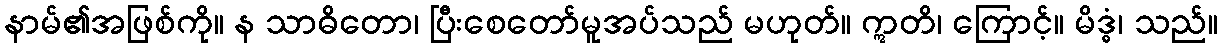
နာမ်၏အဖြစ်ကို။ န သာဓိတော၊ ပြီးစေတော်မူအပ်သည် မဟုတ်။ ဣတိ၊ ကြောင့်။ မိဒ္ဓံ၊ သည်။